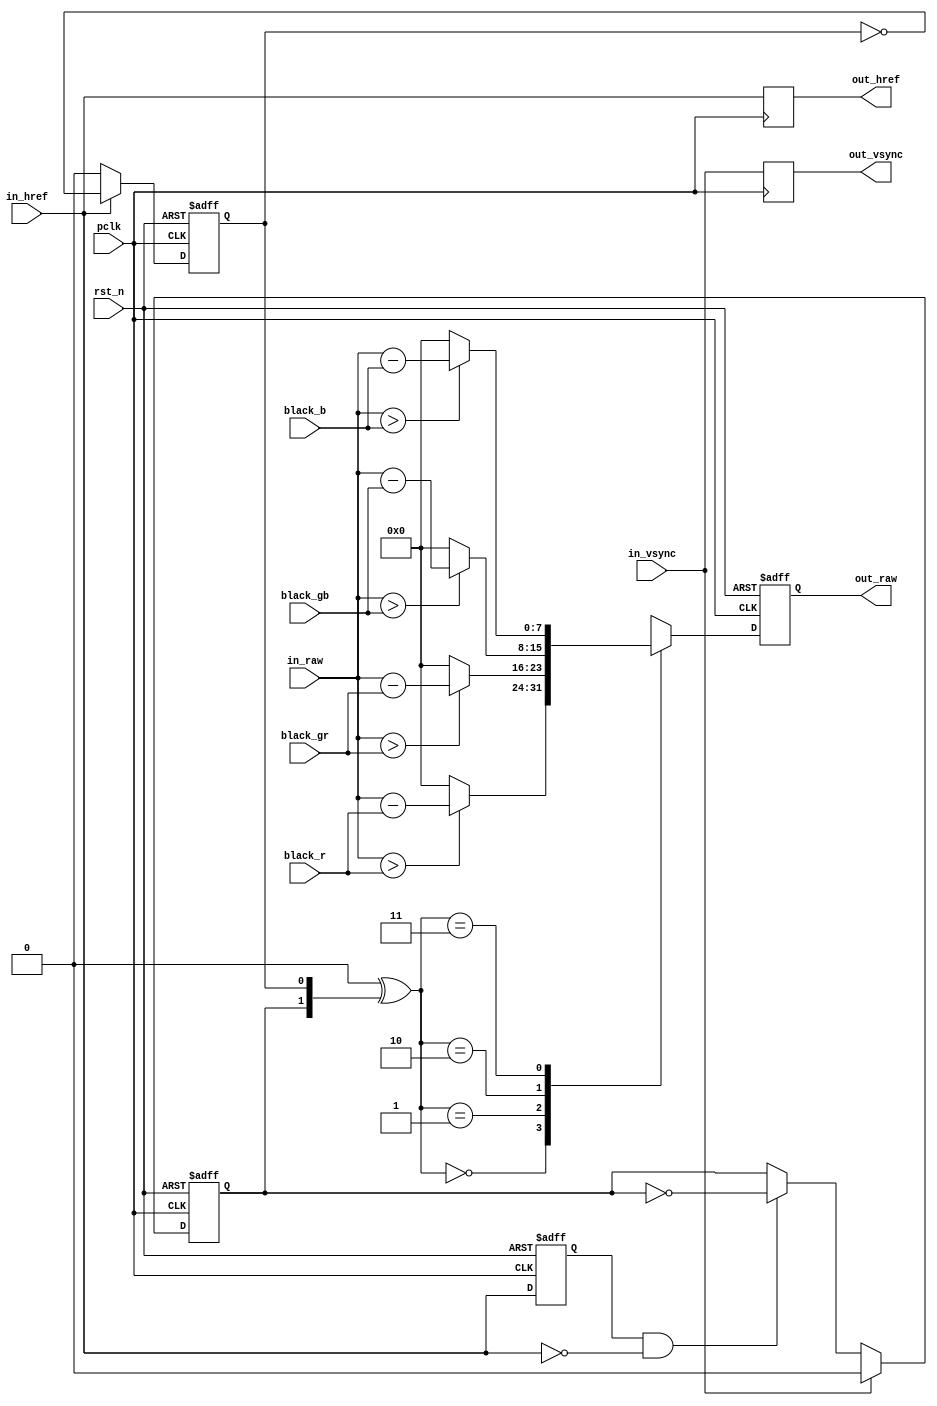
/*************************************************************************
    > File Name: isp_blc.v
    > Author: bxq
    > Mail: 544177215@qq.com
    > Created Time: Thu 21 Jan 2021 21:50:04 GMT
 ************************************************************************/
`timescale 1 ns / 1 ps

/*
 * ISP - Black Level Correction
 */

module isp_blc
#(
	parameter BITS = 8,
	parameter WIDTH = 1280,
	parameter HEIGHT = 960,
	parameter BAYER = 0 //0:RGGB 1:GRBG 2:GBRG 3:BGGR
)
(
	input pclk,
	input rst_n,

	input [BITS-1:0] black_r,
	input [BITS-1:0] black_gr,
	input [BITS-1:0] black_gb,
	input [BITS-1:0] black_b,

	input in_href,
	input in_vsync,
	input [BITS-1:0] in_raw,

	output out_href,
	output out_vsync,
	output [BITS-1:0] out_raw
);

	reg odd_pix;
	always @ (posedge pclk or negedge rst_n) begin
		if (!rst_n)
			odd_pix <= 0;
		else if (!in_href)
			odd_pix <= 0;
		else
			odd_pix <= ~odd_pix;
	end
	
	reg prev_href;
	always @ (posedge pclk or negedge rst_n) begin
		if (!rst_n) 
			prev_href <= 0;
		else
			prev_href <= in_href;
	end	
	
	reg odd_line;
	always @ (posedge pclk or negedge rst_n) begin
		if (!rst_n) 
			odd_line <= 0;
		else if (in_vsync)
			odd_line <= 0;
		else if (prev_href & (~in_href))
			odd_line <= ~odd_line;
		else
			odd_line <= odd_line;
	end

	wire [1:0] format = BAYER[1:0] ^ {odd_line, odd_pix}; //pixel format 0:[R]GGB 1:R[G]GB 2:RG[G]B 3:RGG[B]

	reg [BITS-1:0] raw_now;
	assign out_raw = raw_now;
	always @ (posedge pclk or negedge rst_n) begin
		if (!rst_n) 
			raw_now <= 0;
		else
			raw_now <= blc_sub(in_raw, format);
	end
	
	reg href_now, vsync_now;
	always @(posedge pclk) href_now <= in_href;
	always @(posedge pclk) vsync_now <= in_vsync;
	assign out_href = href_now;
	assign out_vsync = vsync_now;

	function [BITS-1:0] blc_sub;
		input [BITS-1:0] value;
		input [1:0] format;//0:R 1:Gr 2:Gb 3:B
		case (format)
			2'b00: blc_sub = value > black_r ? value - black_r : {BITS{1'b0}};
			2'b01: blc_sub = value > black_gr ? value - black_gr : {BITS{1'b0}};
			2'b10: blc_sub = value > black_gb ? value - black_gb : {BITS{1'b0}};
			2'b11: blc_sub = value > black_b ? value - black_b : {BITS{1'b0}};
			default: blc_sub = {BITS{1'b0}};
		endcase
	endfunction
endmodule